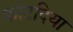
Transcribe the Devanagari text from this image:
कोटदिया